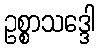
ဥစ္စာသဒ္ဒေါ